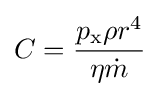
C={\frac {p_{\mathrm {x} }\rho r^{4}}{\eta {\dot {m}}}}